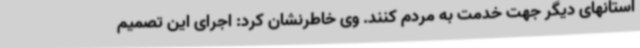
استانهای دیگر جهت خدمت به مردم کنند. وی خاطرنشان کرد: اجرای این تصمیم